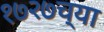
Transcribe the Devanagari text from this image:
१७२७च्या